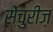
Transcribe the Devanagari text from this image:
सेंचुरीज़